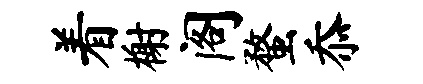
着榭阁蝥忝